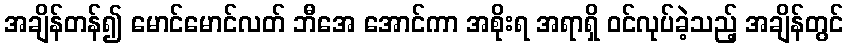
အချိန်တန်၍ မောင်မောင်လတ် ဘီအေ အောင်ကာ အစိုးရ အရာရှိ ဝင်လုပ်ခဲ့သည့် အချိန်တွင်